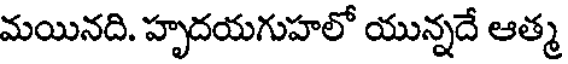
మయినది. హృదయగుహలో యున్నదే ఆత్మ